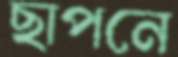
ছাপনে